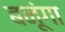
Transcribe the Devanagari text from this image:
बनूंगा